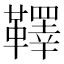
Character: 𩍜